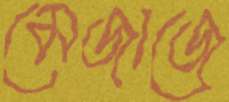
মেজাজে